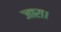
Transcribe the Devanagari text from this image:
जारा।